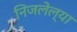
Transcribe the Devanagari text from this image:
निजलेल्या